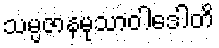
သမ္ပဇာနမုသာဝါဒေါတိ